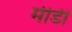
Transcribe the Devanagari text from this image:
मीडी